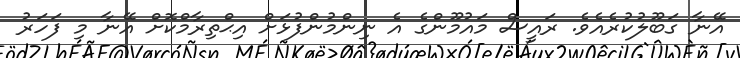
އޭނާ ގަބޫލުކުރެއެވެ. ރައީސް މައުމޫންގެ އެ ނިންމުންފުޅަށް އިޙްތިރާމްކޮށް އޭނާ މި ފަހަރު